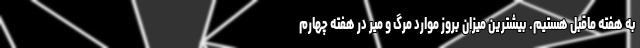
به هفته ماقبل هستیم. بیشترین میزان بروز موارد مرگ و میر در هفته چهارم